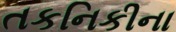
તકનિકીના